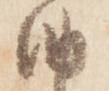
納